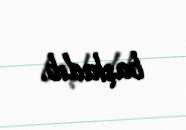
başladıb.